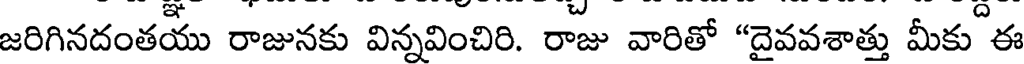
జరిగినదంతయు రాజునకు విన్నవించిరి. రాజు వారితో "దైవవశాత్తు మీకు ఈ